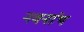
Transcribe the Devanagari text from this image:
नवनांथ